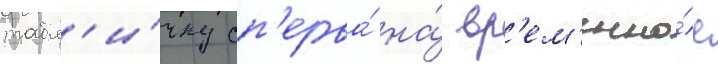
табл'и́чку сп'ерва́ на́ вр'ем'енно́е